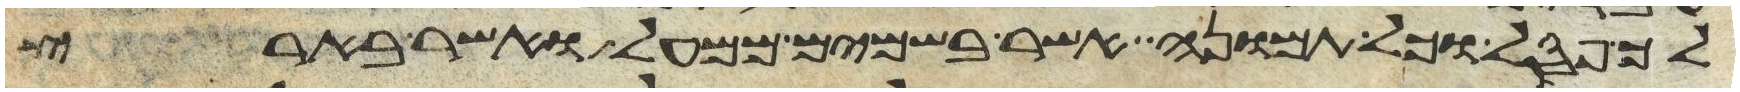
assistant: לך פסל וכל תמונה אשר בשמים ממעל ואשר בארץ